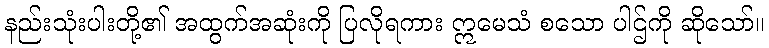
နည်းသုံးပါးတို့၏ အထွက်အဆုံးကို ပြလိုရကား ဣမေသံ စသော ပါဌ်ကို ဆိုသော်။